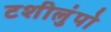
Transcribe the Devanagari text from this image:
टशीलुंपो